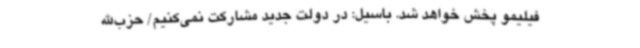
فیلیمو پخش خواهد شد. باسیل: در دولت جدید مشارکت نمی‌کنیم/ حزب‌الله